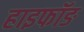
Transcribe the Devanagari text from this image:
हाइफॉङ